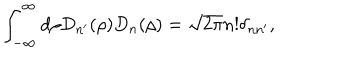
LaTeX: \int _ { - \infty } ^ { \infty } d \rho D _ { n ^ { \prime } } ( \rho ) D _ { n } ( \rho ) = \sqrt { 2 \pi } n ! \delta _ { n n ^ { \prime } } ,